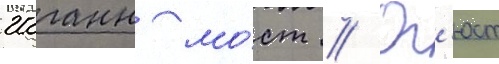
Иоганн мо́ст // Ог'юст